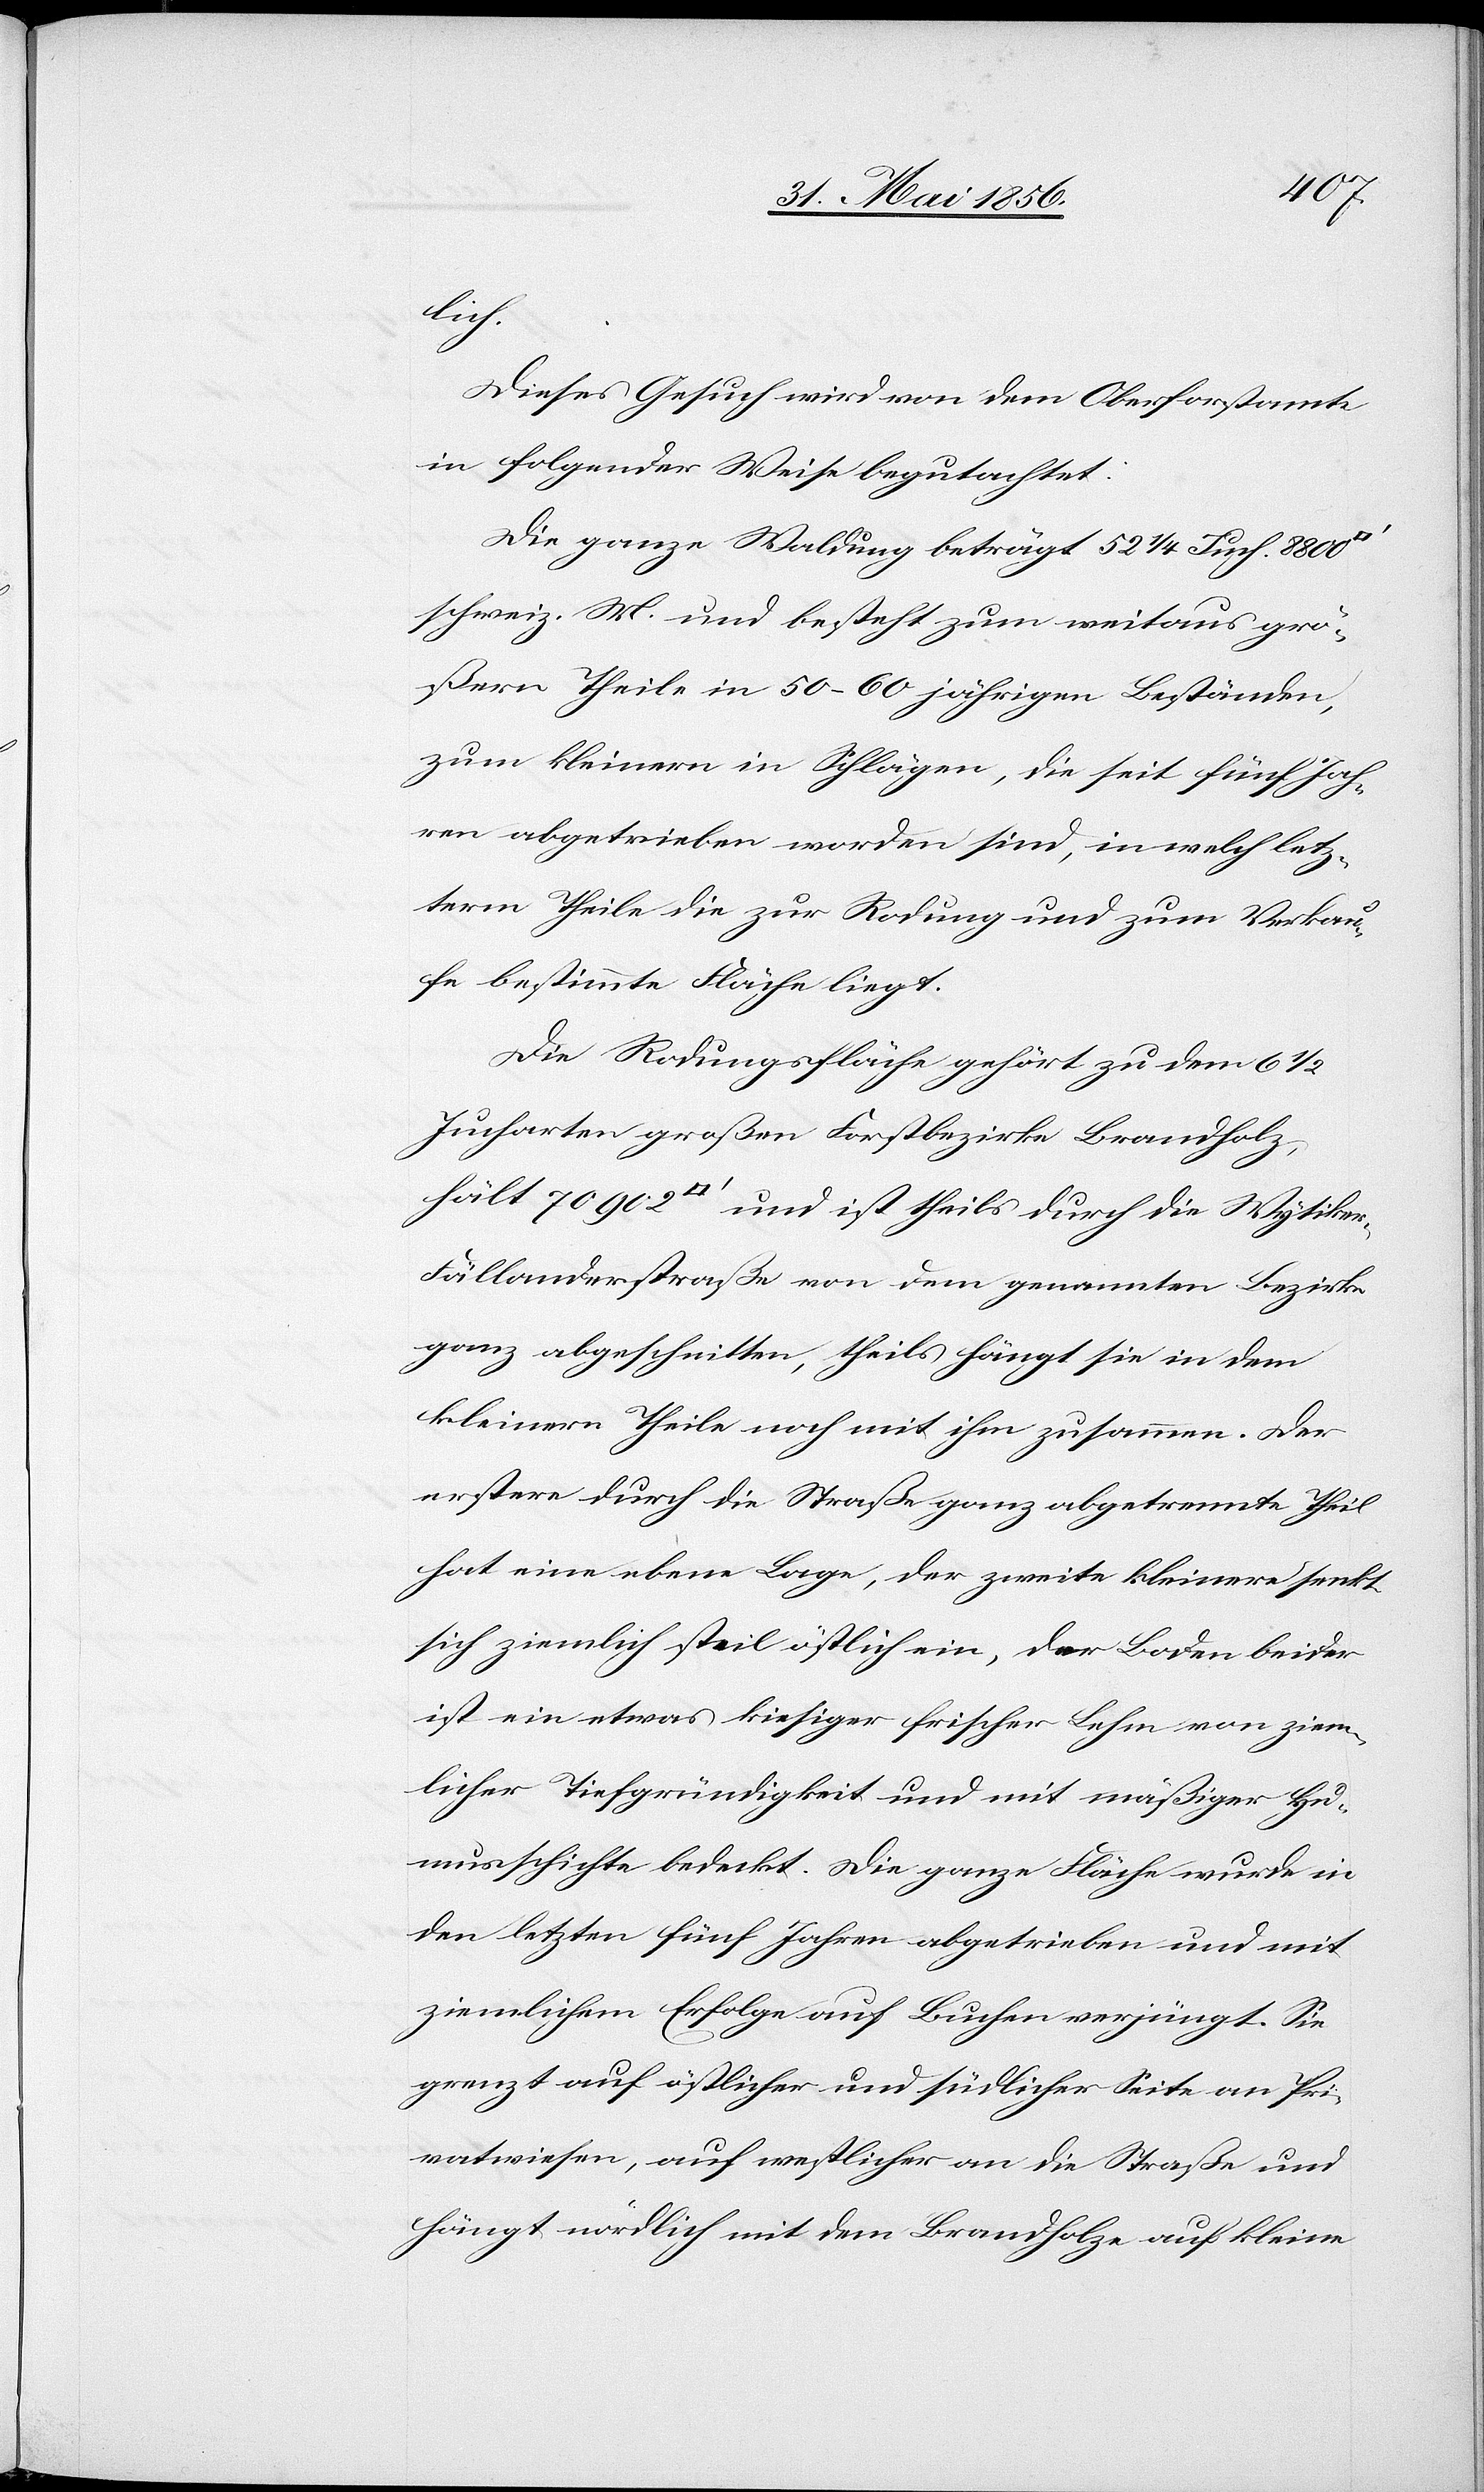
lich.
Dieses Gesuch wird von dem Oberforstamte
in folgender Weise begutachtet:
Die ganze Waldung beträgt 52 ¼ Juch. 8800
schweiz. M. und besteht zum weitaus grö¬
ßern Theile in 50–60 jährigen Beständen,
zum kleinern in Schlägen, die seit fünf Jah¬
ren abgetrieben worden sind, in welch letz¬
term Theile die zur Rodung und zum Verkau¬
fe bestimmte Fläche liegt.
Die Rodungsfläche gehört zu dem 6 ½
Jucharten großen Forstbezirke Brandholz,
hält 70902 [Quadratfuß] und ist theils durch die Wytike¬
r-Fällanderstraße von dem genannten Bezirke
ganz abgeschnitten, theils hängt sie in dem
kleinern Theile noch mit ihm zusammen. Der
erstere durch die Straße ganz abgetrennte Theil
hat eine ebene Lage, der zweite kleinere senkt
sich ziemlich steil östlich ein, der Boden beider
ist ein etwas kiesiger frischer Lehm von ziem¬
licher Tiefgründigkeit und mit mäßiger Hu¬
musschichte bedenkt. Die ganze Fläche wurde in
den letzten fünf Jahren abgetrieben und mit
ziemlichem Erfolge auf Buchen verjüngt. Sie
grenzt auf östlicher und südlicher Seite an Pri¬
vatwiesen, auf westlicher an die Straße und
hängt nördlich mit dem Brandholze auf kleine